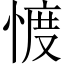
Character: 𢜬